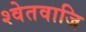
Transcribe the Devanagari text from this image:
श्वेतवाजि